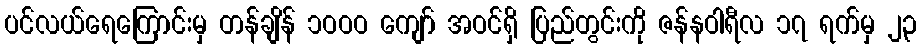
ပင်လယ်ရေကြောင်းမှ တန်ချိန် ၁ဝဝဝ ကျော် အဝင်ရှိ ပြည်တွင်းကို ဇန်နဝါရီလ ၁၇ ရက်မှ ၂၃